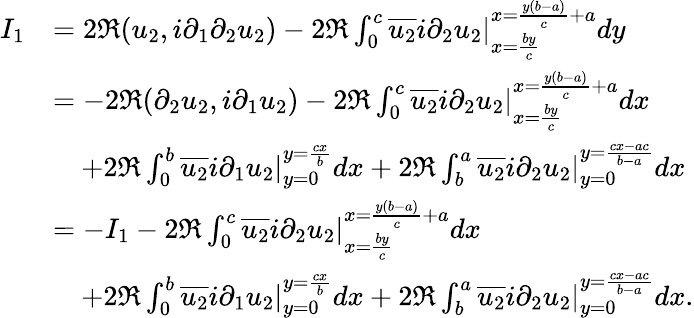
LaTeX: \begin{array}{rl}{I_{1}}&{=2\Re(u_{2},i\partial_{1}\partial_{2}u_{2})-2\Re\int_{0}^{c}\overline{{u_{2}}}i\partial_{2}u_{2}|_{x=\frac{by}{c}}^{x=\frac{y(b-a)}{c}+a}dy}\\ &{=-2\Re(\partial_{2}u_{2},i\partial_{1}u_{2})-2\Re\int_{0}^{c}\overline{{u_{2}}}i\partial_{2}u_{2}|_{x=\frac{by}{c}}^{x=\frac{y(b-a)}{c}+a}dx}\\ &{\quad+2\Re\int_{0}^{b}\overline{{u_{2}}}i\partial_{1}u_{2}|_{y=0}^{y=\frac{cx}{b}}dx+2\Re\int_{b}^{a}\overline{{u_{2}}}i\partial_{2}u_{2}|_{y=0}^{y=\frac{cx-ac}{b-a}}dx}\\ &{=-I_{1}-2\Re\int_{0}^{c}\overline{{u_{2}}}i\partial_{2}u_{2}|_{x=\frac{by}{c}}^{x=\frac{y(b-a)}{c}+a}dx}\\ &{\quad+2\Re\int_{0}^{b}\overline{{u_{2}}}i\partial_{1}u_{2}|_{y=0}^{y=\frac{cx}{b}}dx+2\Re\int_{b}^{a}\overline{{u_{2}}}i\partial_{2}u_{2}|_{y=0}^{y=\frac{cx-ac}{b-a}}dx.}\end{array}